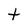
Character: t